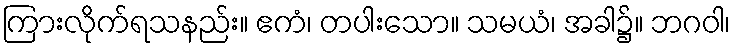
ကြားလိုက်ရသနည်း။ ဧကံ၊ တပါးသော။ သမယံ၊ အခါ၌။ ဘဂဝါ၊